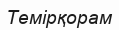
Темірқорам